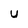
Character: U